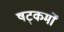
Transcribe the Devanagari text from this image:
षट्कर्मों